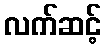
လက်ဆင့်